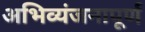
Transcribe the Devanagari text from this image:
अभिव्यंजनापूर्ण